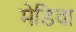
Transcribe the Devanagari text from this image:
मेडिवा